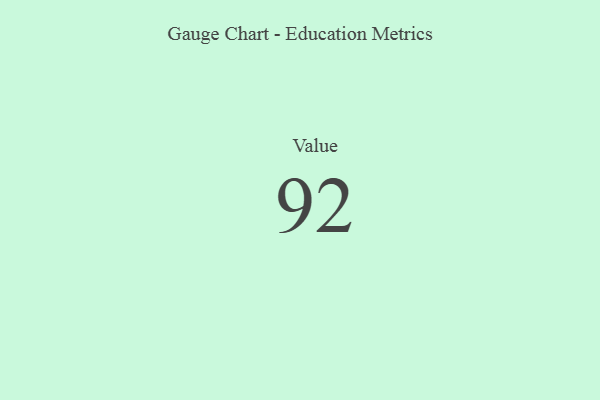
{"axis": {"x": "Metric", "y": "Value"}, "legend": [""], "data": [{"x": "Value", "y": 92, "type": ""}]}